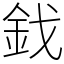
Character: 鈛